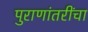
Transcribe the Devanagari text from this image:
पुराणांतरींचा